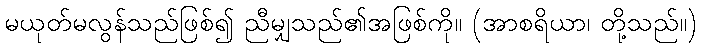
မယုတ်မလွန်သည်ဖြစ်၍ ညီမျှသည်၏အဖြစ်ကို။ (အာစရိယာ၊ တို့သည်။)